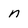
Character: n